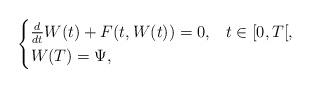
LaTeX: \begin{align*}\begin{cases}\frac{d}{d t}W(t) + F(t,W(t)) =0, & t\in [0,T[,\\W(T) = \Psi, & \end{cases}\end{align*}